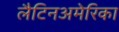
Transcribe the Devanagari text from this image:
लैटिनअमेरिका